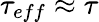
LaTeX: \tau_{eff}\approx\tau